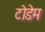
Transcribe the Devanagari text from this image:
टोडेम